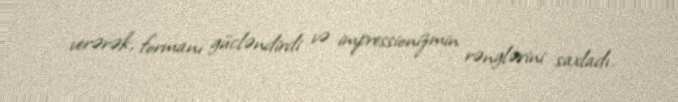
verərək, formanı gücləndirdi və impressionizmin rənglərini saxladı.